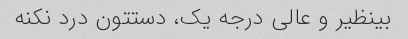
بینظیر و عالی درجه یک، دستتون درد نکنه